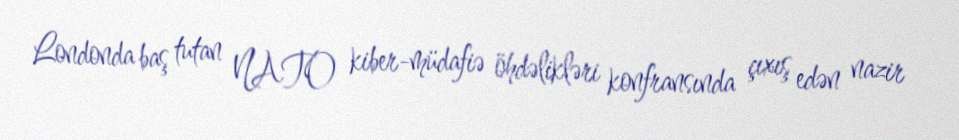
Londonda baş tutan NATO kiber-müdafiə öhdəlikləri konfransında çıxış edən nazir